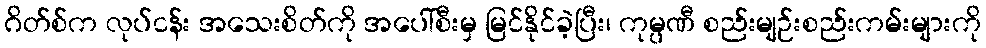
ဂိတ်စ်က လုပ်ငန်း အသေးစိတ်ကို အပေါ်စီးမှ မြင်နိုင်ခဲ့ပြီး၊ ကုမ္ပဏီ စည်းမျဉ်းစည်းကမ်းများကို